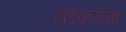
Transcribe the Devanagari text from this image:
दांडेकरांचा